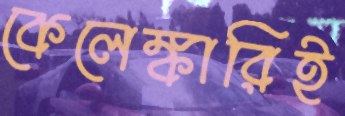
কেলেঙ্কারিই